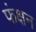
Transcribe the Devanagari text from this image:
फंक्षन